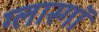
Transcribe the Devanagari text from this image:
ग्लास्गाॅ